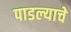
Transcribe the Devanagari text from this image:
पाडल्याचे